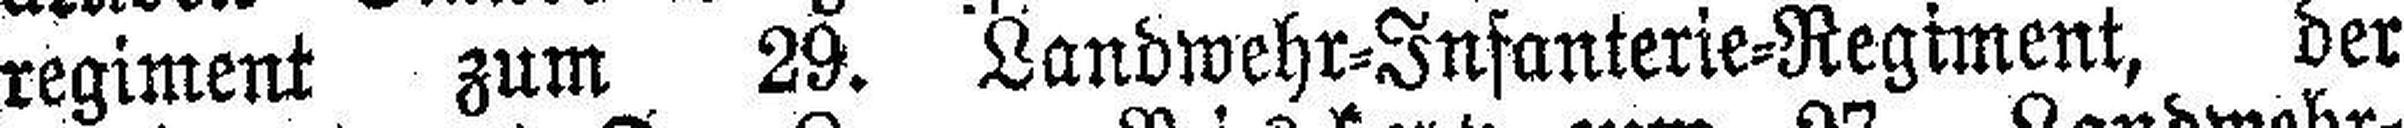
regiment zum 29. Landwehr=Infanterie=Regiment, der